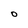
Character: O